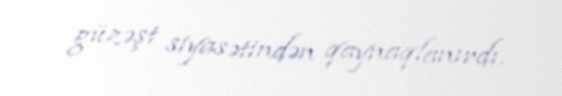
güzəşt siyasətindən qaynaqlanırdı.